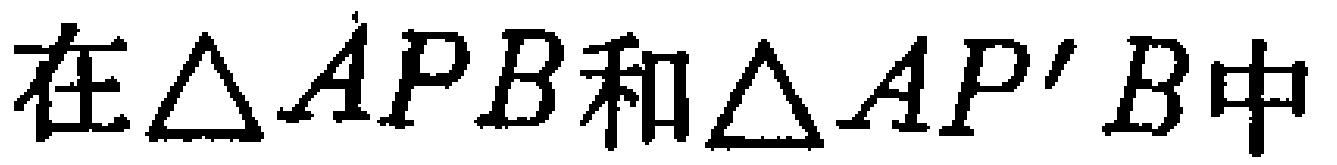
在$\triangle APB$和$\triangle AP'B$中